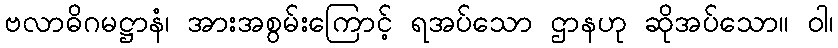
ဗလာဓိဂမဋ္ဌာနံ၊ အားအစွမ်းကြောင့် ရအပ်သော ဌာနဟု ဆိုအပ်သော။ ဝါ၊